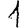
Digit: 1